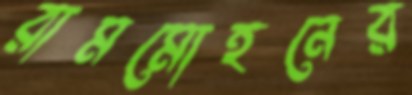
রামমোহনের